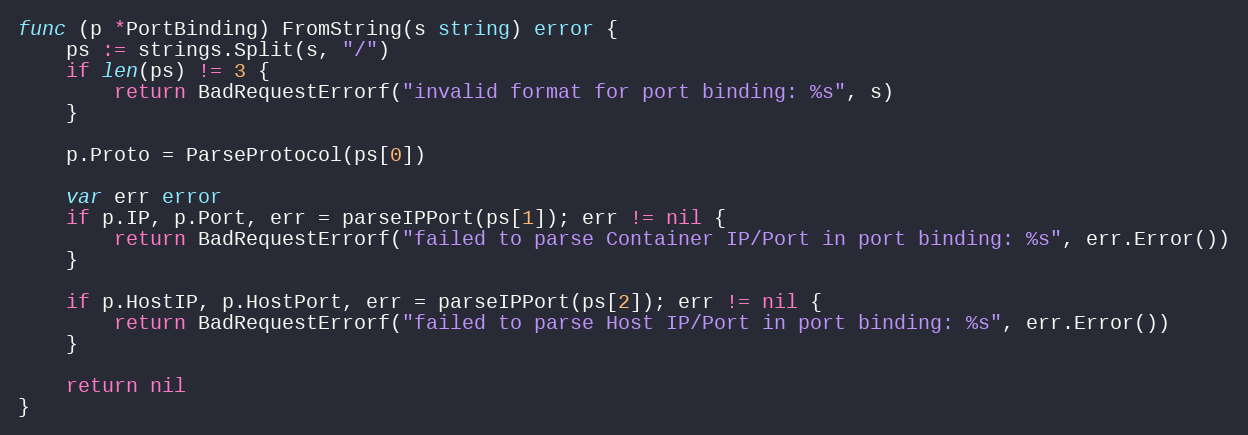
Language: Go
func (p *PortBinding) FromString(s string) error {
	ps := strings.Split(s, "/")
	if len(ps) != 3 {
		return BadRequestErrorf("invalid format for port binding: %s", s)
	}

	p.Proto = ParseProtocol(ps[0])

	var err error
	if p.IP, p.Port, err = parseIPPort(ps[1]); err != nil {
		return BadRequestErrorf("failed to parse Container IP/Port in port binding: %s", err.Error())
	}

	if p.HostIP, p.HostPort, err = parseIPPort(ps[2]); err != nil {
		return BadRequestErrorf("failed to parse Host IP/Port in port binding: %s", err.Error())
	}

	return nil
}